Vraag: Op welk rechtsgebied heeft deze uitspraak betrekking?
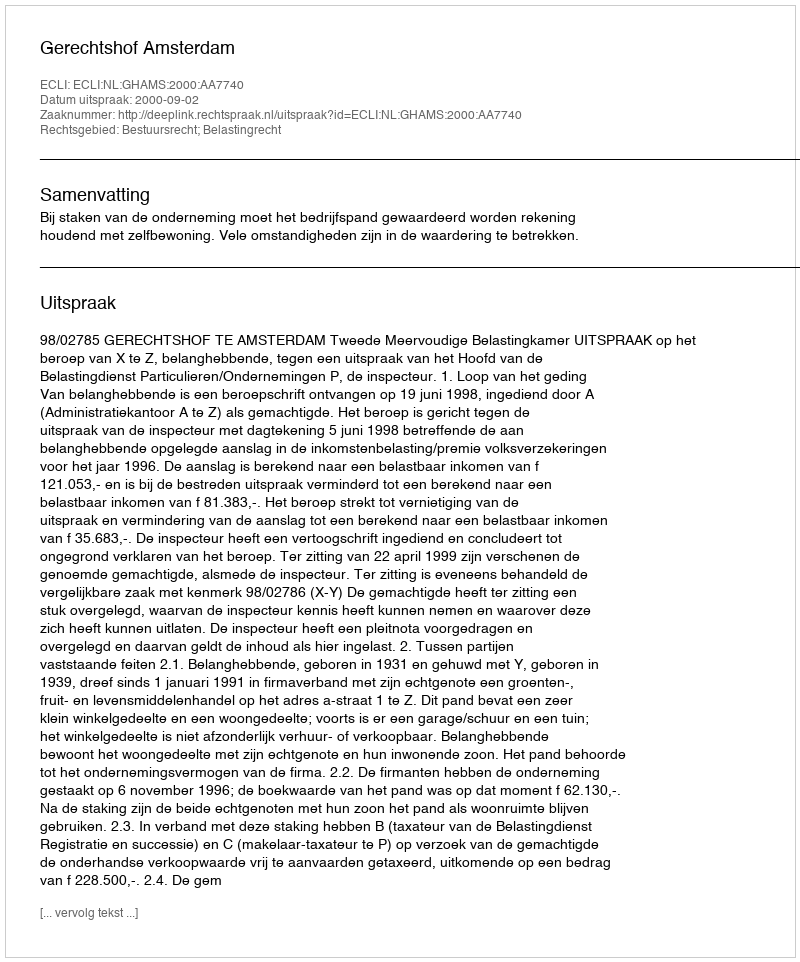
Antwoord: Bestuursrecht; Belastingrecht